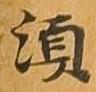
須